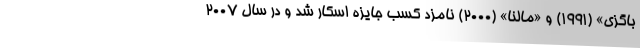
باگزی» (۱۹۹۱) و «مالنا» (۲۰۰۰) نامزد کسب جایزه اسکار شد و در سال ۲۰۰۷